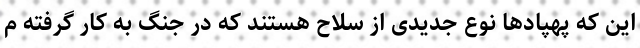
این که پهپادها نوع جدیدی از سلاح‌‌ هستند که در جنگ به کار گرفته م